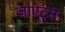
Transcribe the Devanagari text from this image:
जाएंट्स